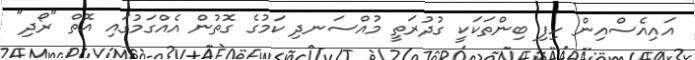
އައިއެސްއިން ހިފި ބިންތަކަކީ ގުދުރަތީ މުއްސަނދި ކަމުގެ ގޮތުން އެއްގަމުގައި އޮތް "ރޯދި"